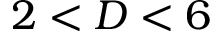
2 < D < 6